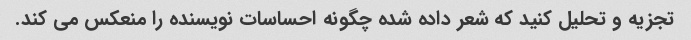
تجزیه و تحلیل کنید که شعر داده شده چگونه احساسات نویسنده را منعکس می کند.